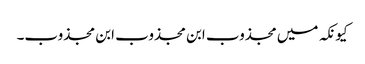
کیونکہ میں مجذوب ابن مجذوب ابن مجذوب۔